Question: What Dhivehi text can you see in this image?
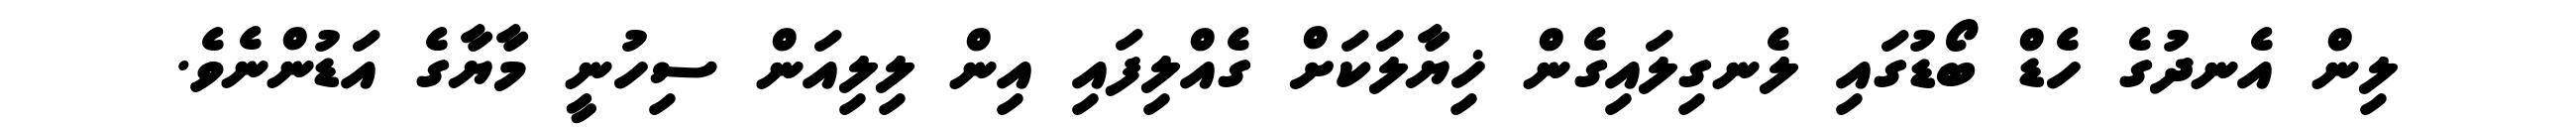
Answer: ލިން އެނދުގެ ހެޑް ބޯޑުގައި ލެނގިލައިގެން ޚިޔާލަކަށް ގެއްލިފައި އިން ލިލިއަން ސިހުނީ މާޔާގެ އަޑުންނެވެ.